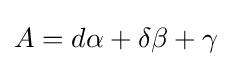
A=d\alpha +\delta \beta +\gamma